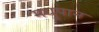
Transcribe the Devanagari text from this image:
मधुपान